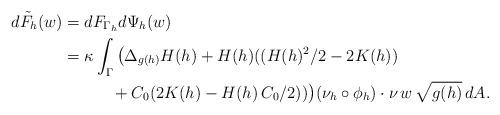
LaTeX: \begin{align*}\begin{aligned}d\tilde F_h(w)&=dF_{\Gamma_h}d\Psi_h(w)\\&=\kappa\int_{\Gamma}\big(\Delta_{g(h)} H(h) + H(h)((H(h)^2/2-2K(h))\\&\quad\quad\quad+ C_0(2K(h)-H(h)\,C_0/2))\big)(\nu_h\circ\phi_h)\cdot\nu\,w\,\sqrt{g(h)}\,dA.\end{aligned}\end{align*}